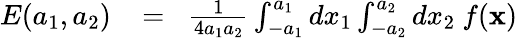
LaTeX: \begin{array}{rlr}{E(a_{1},a_{2})}&{{}\! =\! }&{{\frac{1}{4a_{1}a_{2}}}\int_{-a_{1}}^{a_{1}}dx_{1}\int_{-a_{2}}^{a_{2}}dx_{2}\ f({\mathbf x})}\end{array}